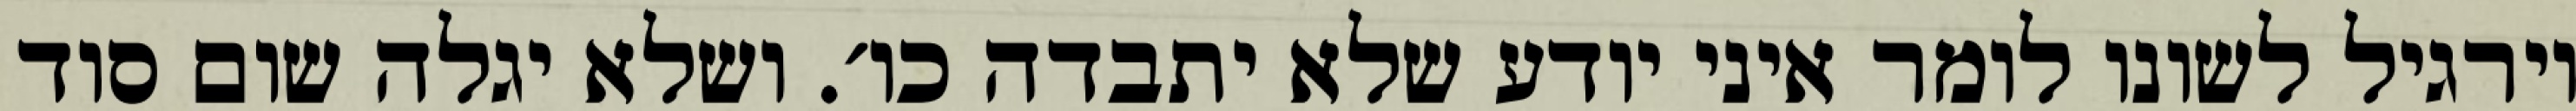
וירגיל לשונו לומר איני יודע שלא יתבדה כו׳. ושלא יגלה שום סוד